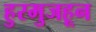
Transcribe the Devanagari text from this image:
हुरमुजहून